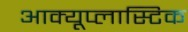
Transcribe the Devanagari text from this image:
आक्यूप्लास्टिक